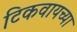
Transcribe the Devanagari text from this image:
टिकवायच्या